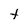
Character: t